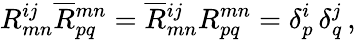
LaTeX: R_{mn}^{ij}\overline{{{R}}}{}_{pq}^{mn}=\overline{{{R}}}{}_{mn}^{ij}R_{pq}^{mn}=\delta_{p}^{i}\, \delta_{q}^{j}\, ,